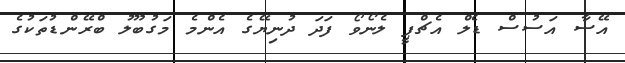
އޭސާ އަސުސް ޑެލް އެޗްޕީ ލެނޯވޯ ފަދަ ދުނިޔޭގެ އެންމެ މަގުބޫލު ބްރޭންޑުތަކުގެ